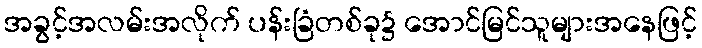
အခွင့်အလမ်းအလိုက် ပန်းခြံတစ်ခု၌ အောင်မြင်သူများအနေဖြင့်